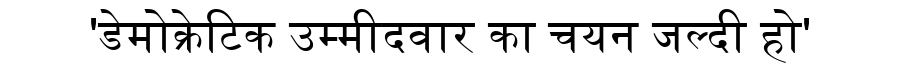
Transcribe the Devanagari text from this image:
'डेमोक्रेटिक उम्मीदवार का चयन जल्दी हो'